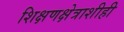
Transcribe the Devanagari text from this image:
शिक्षणक्षेत्राशीही